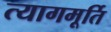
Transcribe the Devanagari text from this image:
त्यागमूर्ति